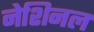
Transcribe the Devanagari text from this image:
नेशिनल